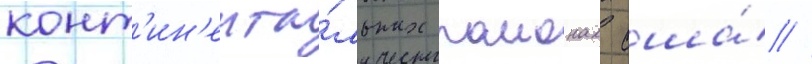
конт'ин'ента́льных раионах сша́ //